Materia medica of Madras volume I
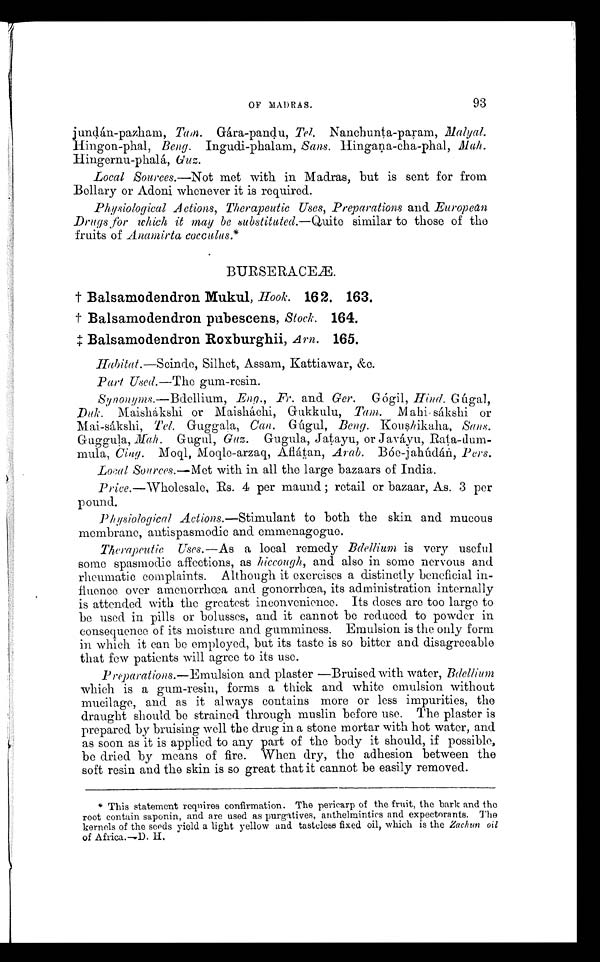
OF MADRAS.
93
jundán-pazham, Tam. Gára-pandu, Tel. Nanchunta-param,
Malyal. Hingon-phal, Beng. Ingudi-phalam, Sans. Hingana-cha-phal, Mah.
Hingernu-phalá, G uz.
Local Sources. —Not met with in Madras, but is sent for from
Bellary or Adoni whenever it is required.
Physiological Actions, Therapeutic Uses, Preparations and European
Drugs for which it may be substituted. —Quite similar to those of the
fruits of Anamirta cocculus.*
BURSERACEÆ.
† Balsamodendron Mukul, Hook. 162. 163.
† Balsamodendron pubescens, Stock. 164.
‡ Balsamodendron Roxburghii, A rn. 165.
Habitat.—Scinde, Silhet, Assam, Kattiawar, &c.
Part Used.—The gum-resin.
Synonyms.—Bdellium, Eng., Fr. and Ger. Gógil, Hind. Gúgal,
Duk. Maishákshi or Maisháchi, Gukkulu, Tam. Mahi- sákshi or
Mai-sákshi, Tel. Guggala, Can . Gúgul, Beng. Koushikaha, Sans.
Guggula, Mah. Gugul, Guz. Gugula, Jatayu, or Javáyu, Rata-dum-
mula, Cing. Moql, Moqle-arzaq, Aflátan, Arab. Bóe-jahúdán, Pers.
Local Sources. —Met with in all the large bazaars of India.
Price. —Wholesale, Rs. 4 per maund; retail or bazaar, As. 3 per
po und.
Physiological Actions. —Stimulant to both the skin and mucous
membrane, antispasmodic and emmenagogue.
Therapeutic Uses.—As a local remedy Bdellium is very useful
some spasmodic affections, as hiccough, and also in some nervous and
rheumatic complaints. Although it exercises a distinctly beneficial in-
fluence over amenorrhœa and gonorrhœa, its administration internally
is attended with the greatest inconvenience. Its doses are too large to
be used in pills or bolusses, and it cannot be reduced to powder in
consequence of its moisture and gumminess. Emulsion is the only form
in which it can be employed, but its taste is so bitter and disagreeable
that few patients will agree to its use.
Preparations. —Emulsion and plaster —Bruised with water, B d e l l i u m
which is a gum-resin, forms a thick and white emulsion without
mucilage, and as it always contains more or less impurities, the
draught should be strained through muslin before use. The plaster is
prepared by bruising well the drug in a stone mortar with hot water, and
as soon as it is applied to any part of the body it should, if possible,
be dried by means of fire. When dry, the adhesion between the
soft resin and the skin is so great that it cannot be easily removed.
* This statement requires confirmation. The pericarp of the fruit, the bark and the
root contain saponin, and are used as purgatives, anthelmintics and expectorants. The
kernels of the seeds yield a l i g h t y e l l o w a n d t a s t e l e s s f i x e d o i l , w h i c h i s t h eZ
a c h u no
i l
of Africa.—D. H.